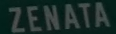
ZENATA